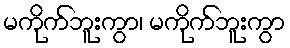
မကိုက်ဘူးကွာ၊ မကိုက်ဘူးကွာ